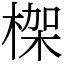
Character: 𣕧